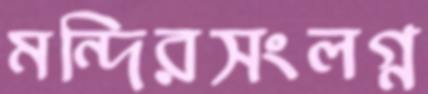
মন্দিরসংলগ্ন